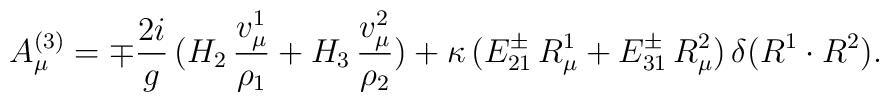
A_\mu^{(3)} =\mp{2i\over g}\,(H_2\,{v_\mu^1\over\rho_1}+H_3\,{v_\mu^2\over\rho_2})+\kappa\,(E_{21}^\pm\,R^1_\mu+E_{31}^\pm\,R^2_\mu)\,\delta(R^1\cdot R^2).